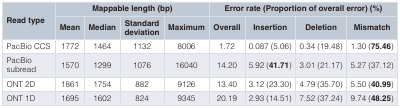
<table><thead><tr><td rowspan="2"><b>Read type</b></td><td colspan="4"><b>Mappable length (bp)</b></td><td colspan="4"><b>Error rate (Proportion of overall error) (%)</b></td></tr><tr><td><b>Mean</b></td><td><b>Median</b></td><td><b>Standarddeviation</b></td><td><b>Maximum</b></td><td><b>Overall</b></td><td><b>Insertion</b></td><td><b>Deletion</b></td><td><b>Mismatch</b></td></tr></thead><tbody><tr><td>PacBio CCS</td><td>1772</td><td>1464</td><td>1132</td><td>8006</td><td>1.72</td><td>0.087 (5.06)</td><td>0.34 (19.48)</td><td>1.30 (<b>75.46</b>)</td></tr><tr><td>PacBiosubread</td><td>1570</td><td>1299</td><td>1076</td><td>16040</td><td>14.20</td><td>5.92 (<b>41.71</b>)</td><td>3.01 (21.17)</td><td>5.27 (37.12)</td></tr><tr><td>ONT 2D</td><td>1861</td><td>1754</td><td>882</td><td>9126</td><td>13.40</td><td>3.12 (23.30)</td><td>4.79 (35.70)</td><td>5.50 (<b>40.99</b>)</td></tr><tr><td>ONT 1D</td><td>1695</td><td>1602</td><td>824</td><td>9345</td><td>20.19</td><td>2.93 (14.51)</td><td>7.52 (37.24)</td><td>9.74 (<b>48.25</b>)</td></tr></tbody></table>